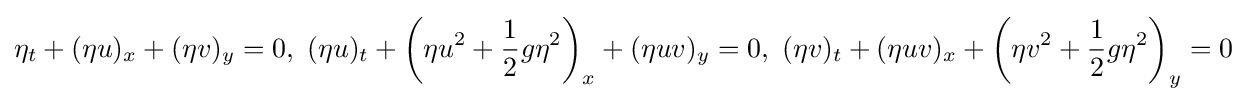
\displaystyle \eta _{t}+(\eta u)_{x}+(\eta v)_{y}=0,\ (\eta u)_{t}+\left(\eta u^{2}+{\frac {1}{2}}g\eta ^{2}\right)_{x}+(\eta uv)_{y}=0,\ (\eta v)_{t}+(\eta uv)_{x}+\left(\eta v^{2}+{\frac {1}{2}}g\eta ^{2}\right)_{y}=0